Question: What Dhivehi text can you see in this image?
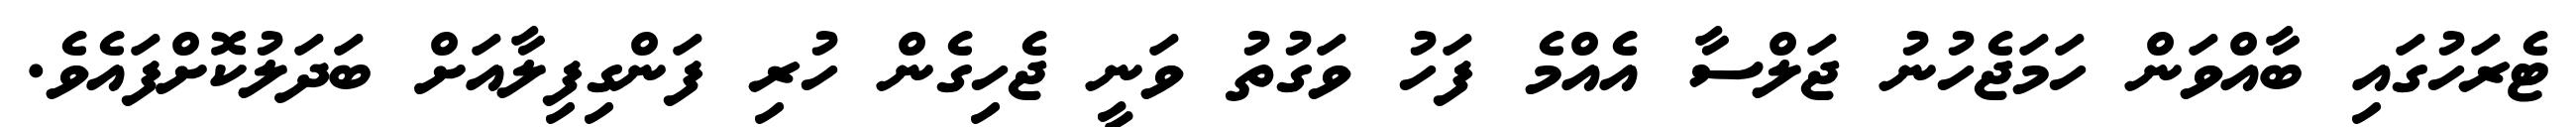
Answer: ޓެރަހުގައި ބާއްވަން ހަމަޖެހުނު ޖަލްސާ އެއްމެ ފަހު ވަގުތު ވަނީ ޖެހިގެން ހުރި ފަންގިފިލާއަށް ބަދަލުކޮށްފައެވެ.